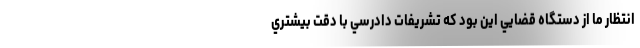
انتظار ما از دستگاه قضايي اين بود كه تشريفات دادرسي با دقت بيشتري